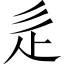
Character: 辵